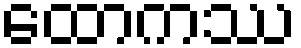
ထောကဿ